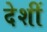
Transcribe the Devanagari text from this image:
देशीं